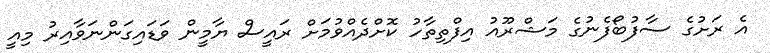
އެ ރަށުގެ ސާފުބޯފެނުގެ މަޝްރޫއު އިފްތިތާހު ކޮށްދެއްވުމަށް ރައީސް ޔާމީން ވަޑައިގަންނަވާއިރު މިއީ